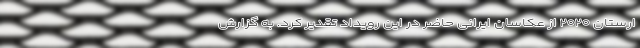
ارستان ۲۰۲۰ از عکاسان ایرانی حاضر در این رویداد تقدیر کرد. به گزارش